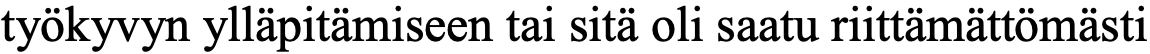
työkyvyn ylläpitämiseen tai sitä oli saatu riittämättömästi